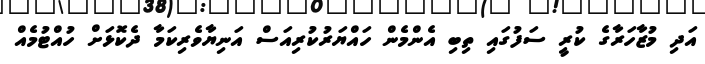
އަދި މުޒާހަރާގެ ކުރީ ސަފުގައި ތިބި އެންމެން ހައްޔަރުކުރިއަސް އަނިޔާވެރިކަމާ ދެކޮޅަށް ހުއްޓުމެއް